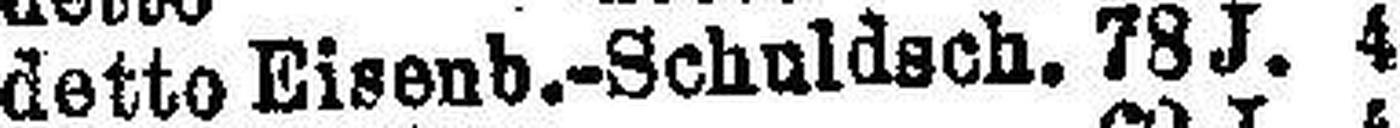
detto Eisenb.-Schuldsch. 78 J. 4